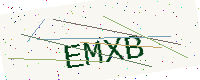
Text: EMXB